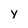
Character: y